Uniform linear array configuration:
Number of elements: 8
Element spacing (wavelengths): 0.75
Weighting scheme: blackman
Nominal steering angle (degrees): -15
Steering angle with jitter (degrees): -13.734
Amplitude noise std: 0.05
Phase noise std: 0.05

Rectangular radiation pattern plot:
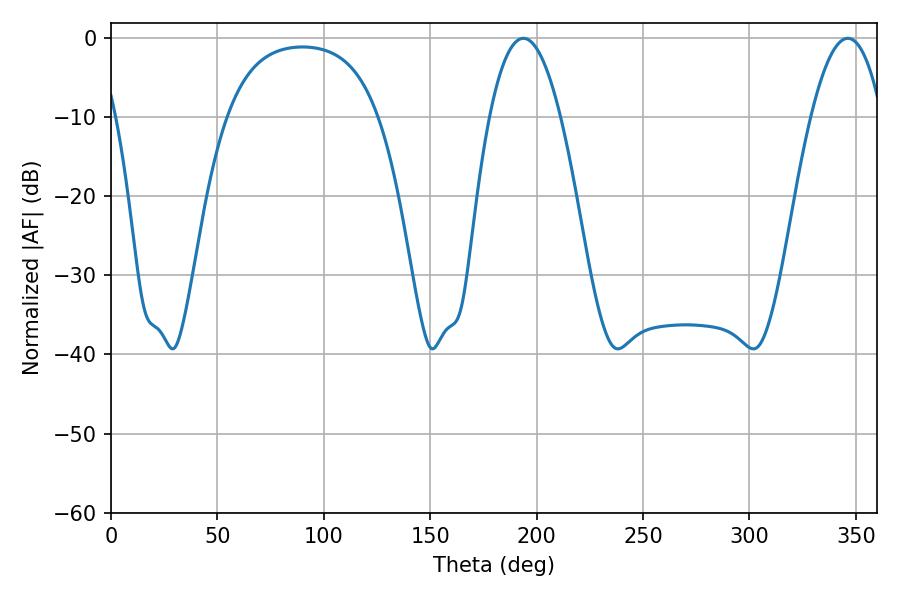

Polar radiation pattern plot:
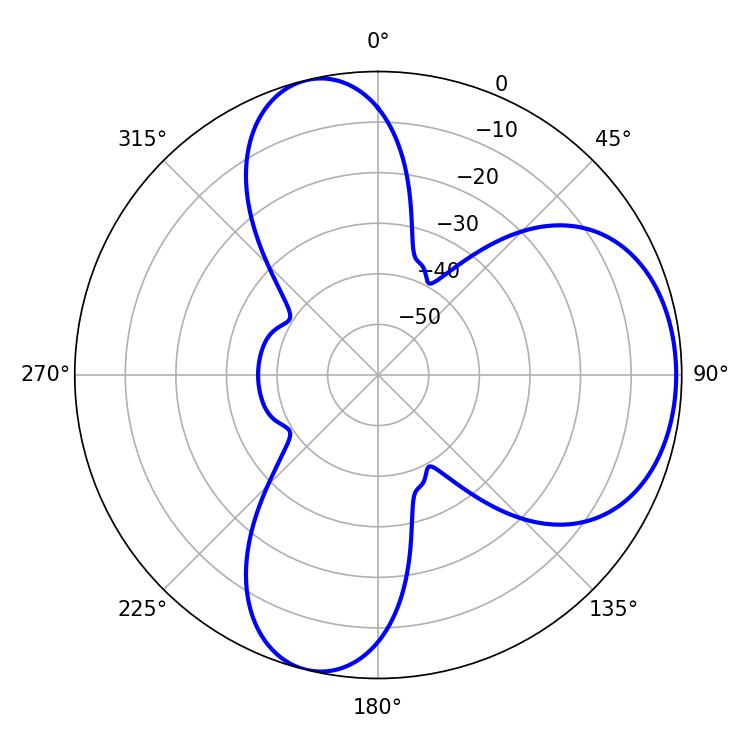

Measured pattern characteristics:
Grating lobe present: TRUE
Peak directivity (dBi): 6.407
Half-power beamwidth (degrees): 18.36
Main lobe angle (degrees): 193.86